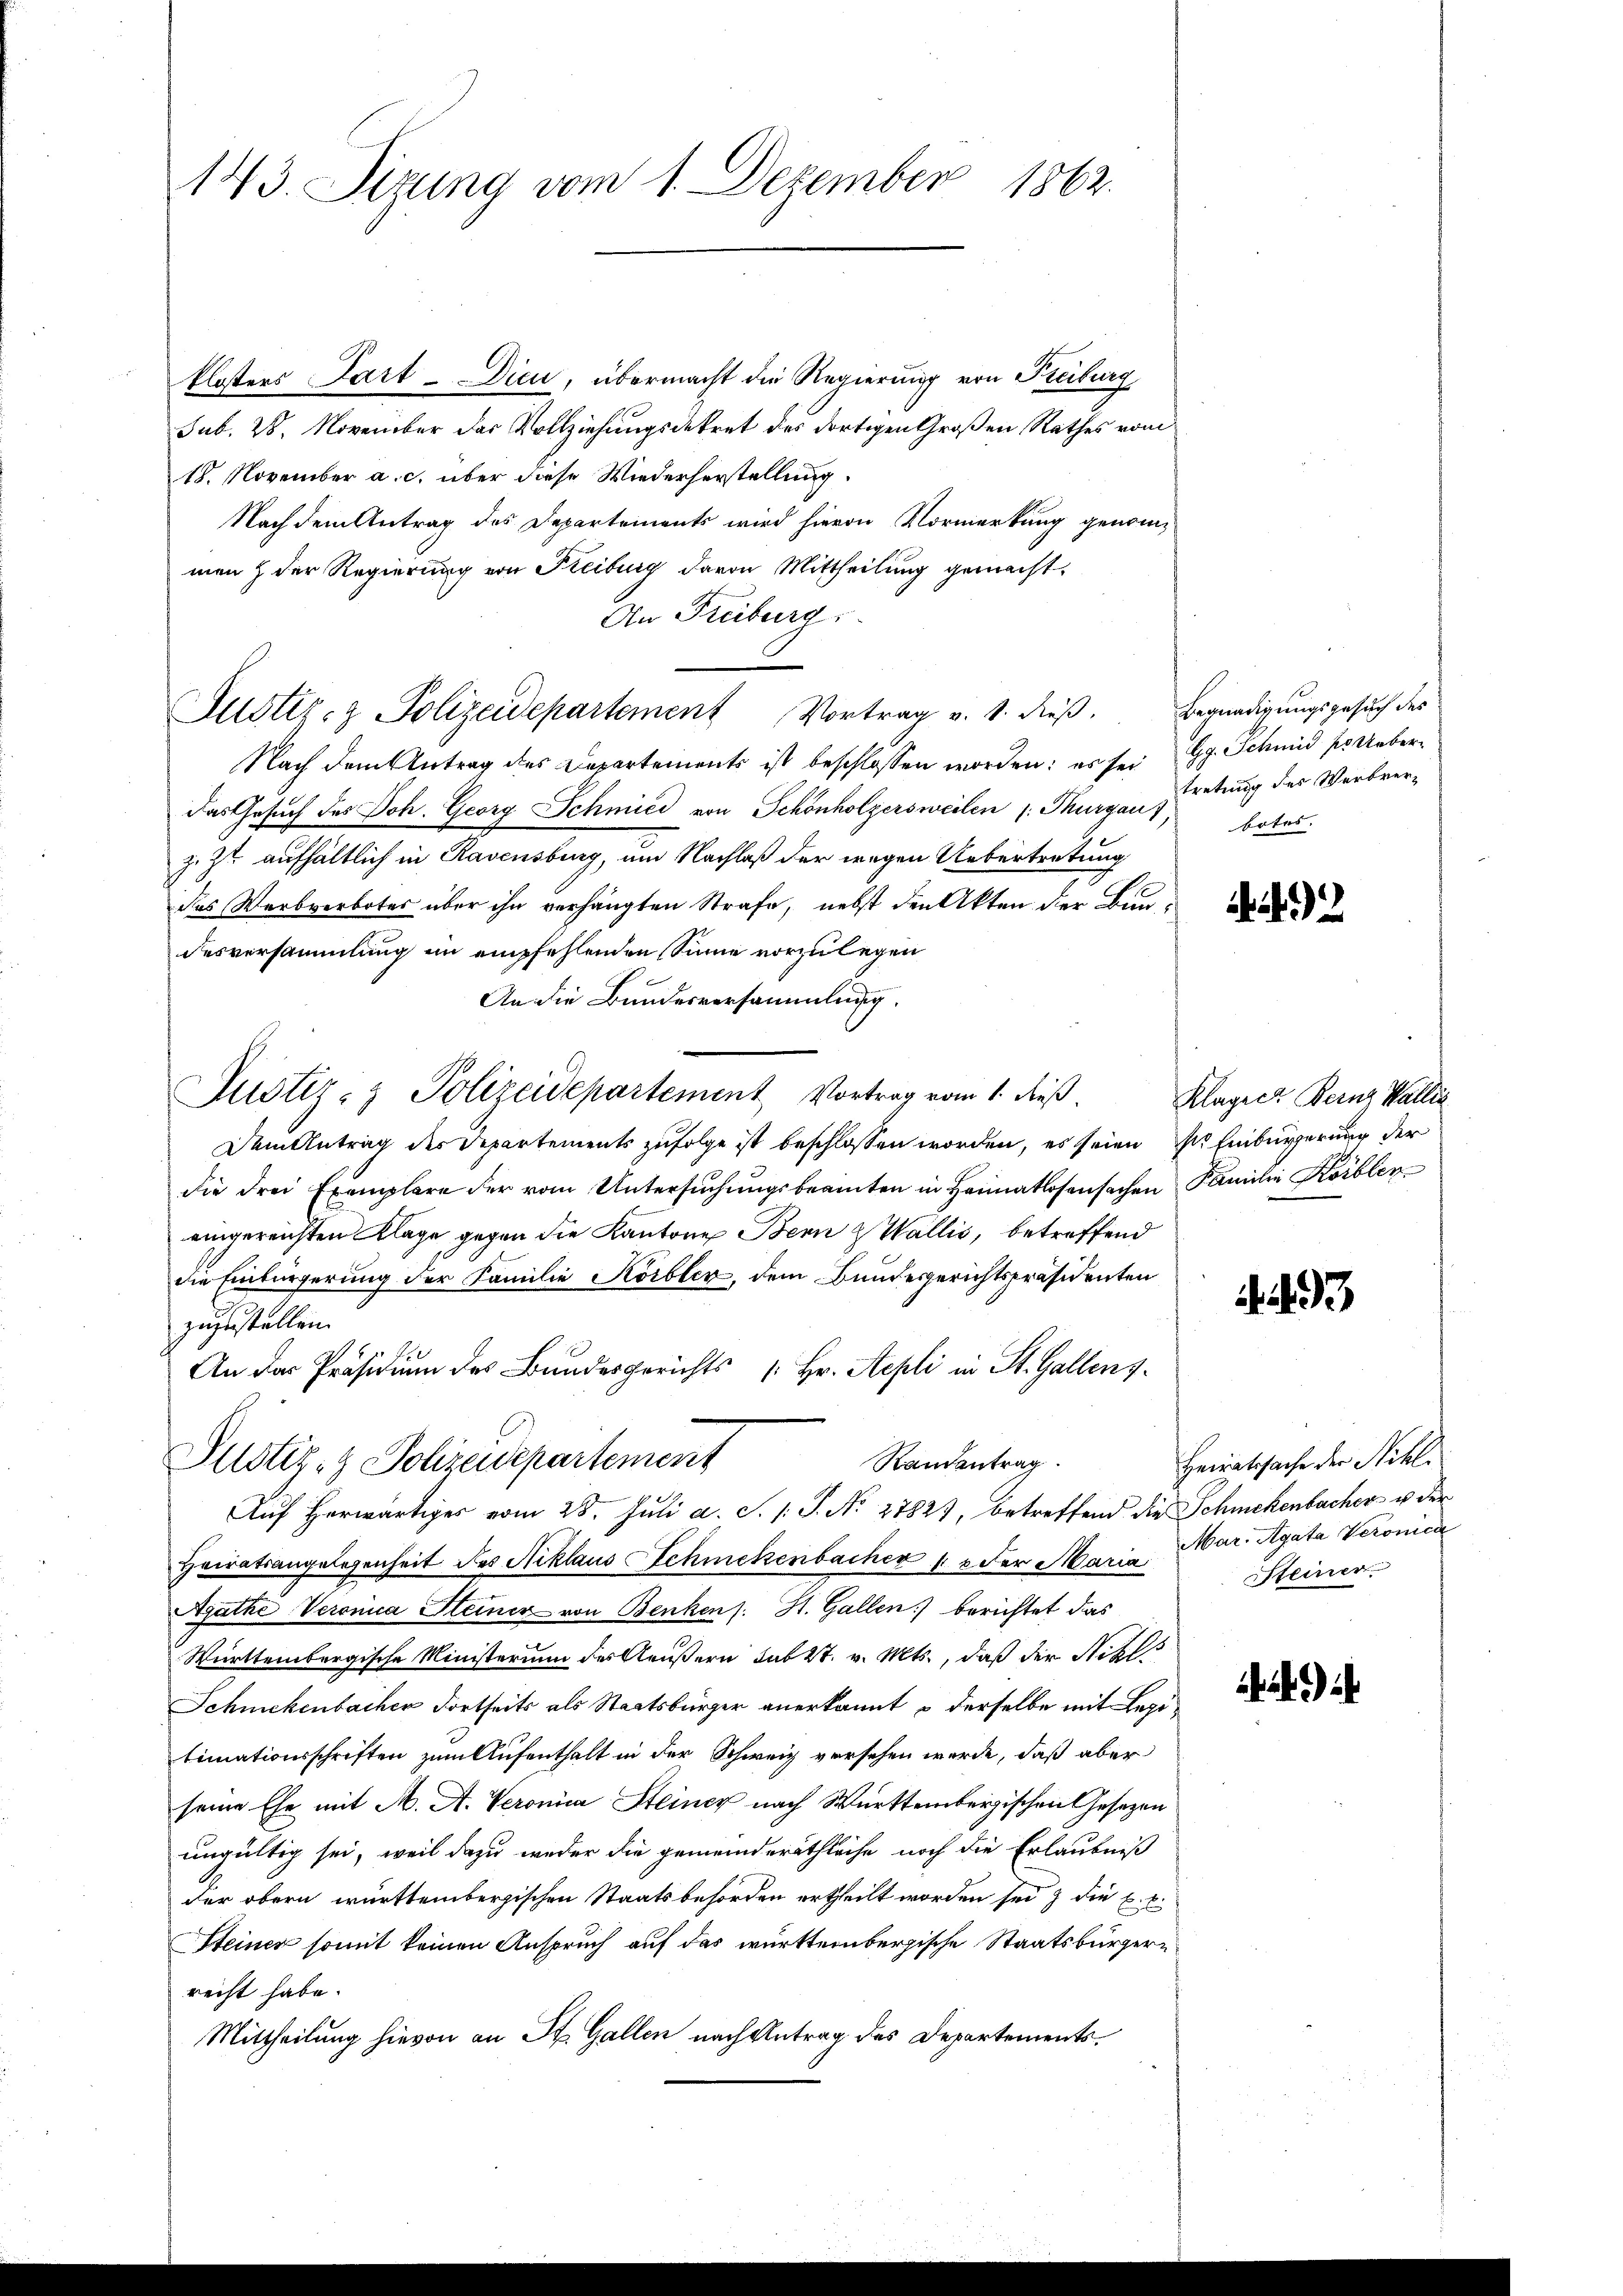
143. Sizung vom 1. Dezember 1862.

klosters Part-Dieu, übermacht die Regierung von Freiburg
sub. 28. November das Vollziehungsdekret des dortigen Großen Rathes vom
18. November a. c. über diese Wiederherstellung.
Nach dem Antrag des Departements wird hievon Vormerkung genommenz der Regierung von Freiburg davon Mittheilung gemacht.
An Freiburg,
Justiz- & Polizeidepartement Vortrag v. 1. dieβ. Begnadigungsgesuch des
Nach dem Antrag des Departements ist beschlossen worden: es sei Gg. Schmid pr. Ueber¬
Das Gesŭch des Joh. Georg Schmied von Schönholzersweilen /: Thurgau),
z. Z. aufhältlich in Ravensburg, um Nachlaß der wegen Uebertretung
das Werbverbotes über ihn verhängten Strafe, nebst den Akten der Baudesversammlung in empfehlenden Sinne vorzulegen
An die Bundesversammlung.
Justiz- & Polizeidepartement Vortrag vom 1. dieβ.
Dem Antrag des Departements zufolge ist beschlossen worden, es seien der Einbürgerung der
die drei Exemplare der vom Untersuchungsbeamten in Heimatlosensachen Familie Kobler
eingereichten Klage gegen die Kantone Bern & Wallis, betreffend
die Einbürgerung der Familie Körbler, dem Bundesgerichtspräsidenten
zuzustellen.
An das Präsidium des Bundesgerichts [Hr. Sepli in St. Gallens-
Justiz- & Polizeidepartement
Randantrag.
Auf herwärtiges vom 28. Juli a. S. /: J. N. 27827, betreffend die Schmekenbacher ist der
Heiratsangelegenheit des Niklaus Schmekenbacher 12 der Maria Mar. Agata Veronica
Ajathe Veronica Steiner von Benken s. St. Gallen) berichtet das
Württembergische Ministerium des Aeußern sub 27. v. Mts., daß der Nikls
Schmekenbacher dortseits als Staatsbürger anerkannt u derselbe mit Lepilimationsschriften zum Aufenthalt in der Schweiz versehen werde, daß aber
seine Ehe mit A. A. Veronica Steiner nach Württembergischen Gesetzen
ungültig sei, weil dazu weder die gemeinderäthliche noch die Erlaubniß
der obern württembergischen Staatsbehörden ertheilt worden sei & die E. E.
Steiner somit keinen Anspruch auf das württembergische Staatsbürgerrecht habe.
Mittheilung hievon an St. Gallen nach Antrag des Departements¬

tretung des Verbrerbotes.

)

Klager Bernz Wallis

493

Heiratssache der Nikl.
Steiner